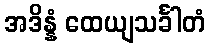
အဒိန္နံ ထေယျသင်္ခါတံ